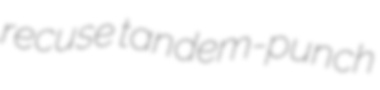
recuse tandem-punch